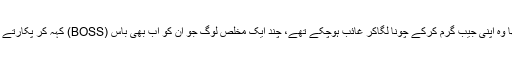
جن لوگوں نے عوام کا جم غفیر لانے کا وعدہ کیا تھا وہ اپنی جیب گرم کرکے چُونا لگاکر غائب ہوچکے تھے، چند ایک مخلص لوگ جو ان کو اب بھی باس (BOSS) کہہ کر پکارتے ہیں ان کی دل جوئی اور ہمدردی کیلئے موجودتھے۔